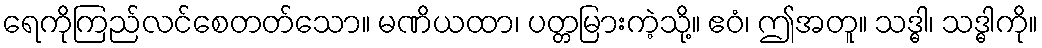
ရေကိုကြည်လင်စေတတ်သော။ မဏိယထာ၊ ပတ္တမြားကဲ့သို့။ ဧဝံ၊ ဤအတူ။ သဒ္ဓါ၊ သဒ္ဓါကို။